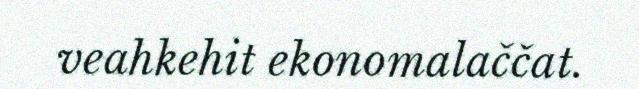
veahkehit ekonomalaččat.